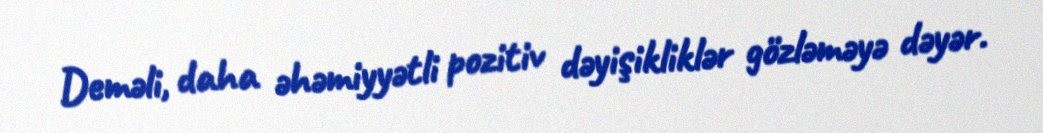
Deməli, daha əhəmiyyətli pozitiv dəyişikliklər gözləməyə dəyər.